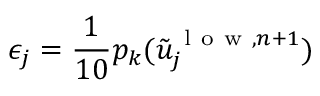
\epsilon _ { j } = \frac { 1 } { 1 0 } p _ { k } ( \tilde { u } _ { j } ^ { \mathrm { ~ l ~ o ~ w ~ } , n + 1 } )